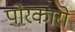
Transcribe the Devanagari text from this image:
पोरकारो